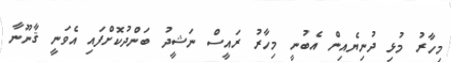
މިހާރު މުޅި ދުނިޔެއިން އެބުނީ މިހާރު ރައީސް ނަޝީދު ބަންދުކޮށްފައި އެވަނީ ޤާނޫނާ